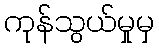
ကုန်သွယ်မှုမှ